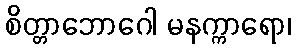
စိတ္တာဘောဂေါ မနက္ကာရော၊